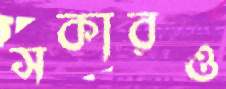
সকারও